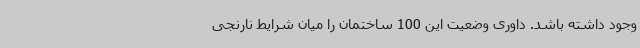
وجود داشته باشد. داوری وضعیت این 100 ساختمان را میان شرایط نارنجی